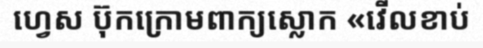
ហ្វេស ប៊ុកក្រោមពាក្យស្លោក «វើលខាប់